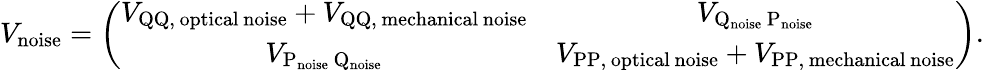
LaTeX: V_{\mathrm{noise}}=\left(\begin{array}{cc}{V_{\mathrm{QQ,\, optical\, noise}}+V_{\mathrm{QQ,\, mechanical\, noise}}}&{V_{\mathrm{Q_{\mathrm{{noise}}}\, P_{\mathrm{{noise}}}}}}\\ {V_{\mathrm{P_{\mathrm{{noise}}}\, Q_{\mathrm{{noise}}}}}}&{V_{\mathrm{PP,\, optical\, noise}}+V_{\mathrm{PP,\, mechanical\, noise}}}\end{array}\right).